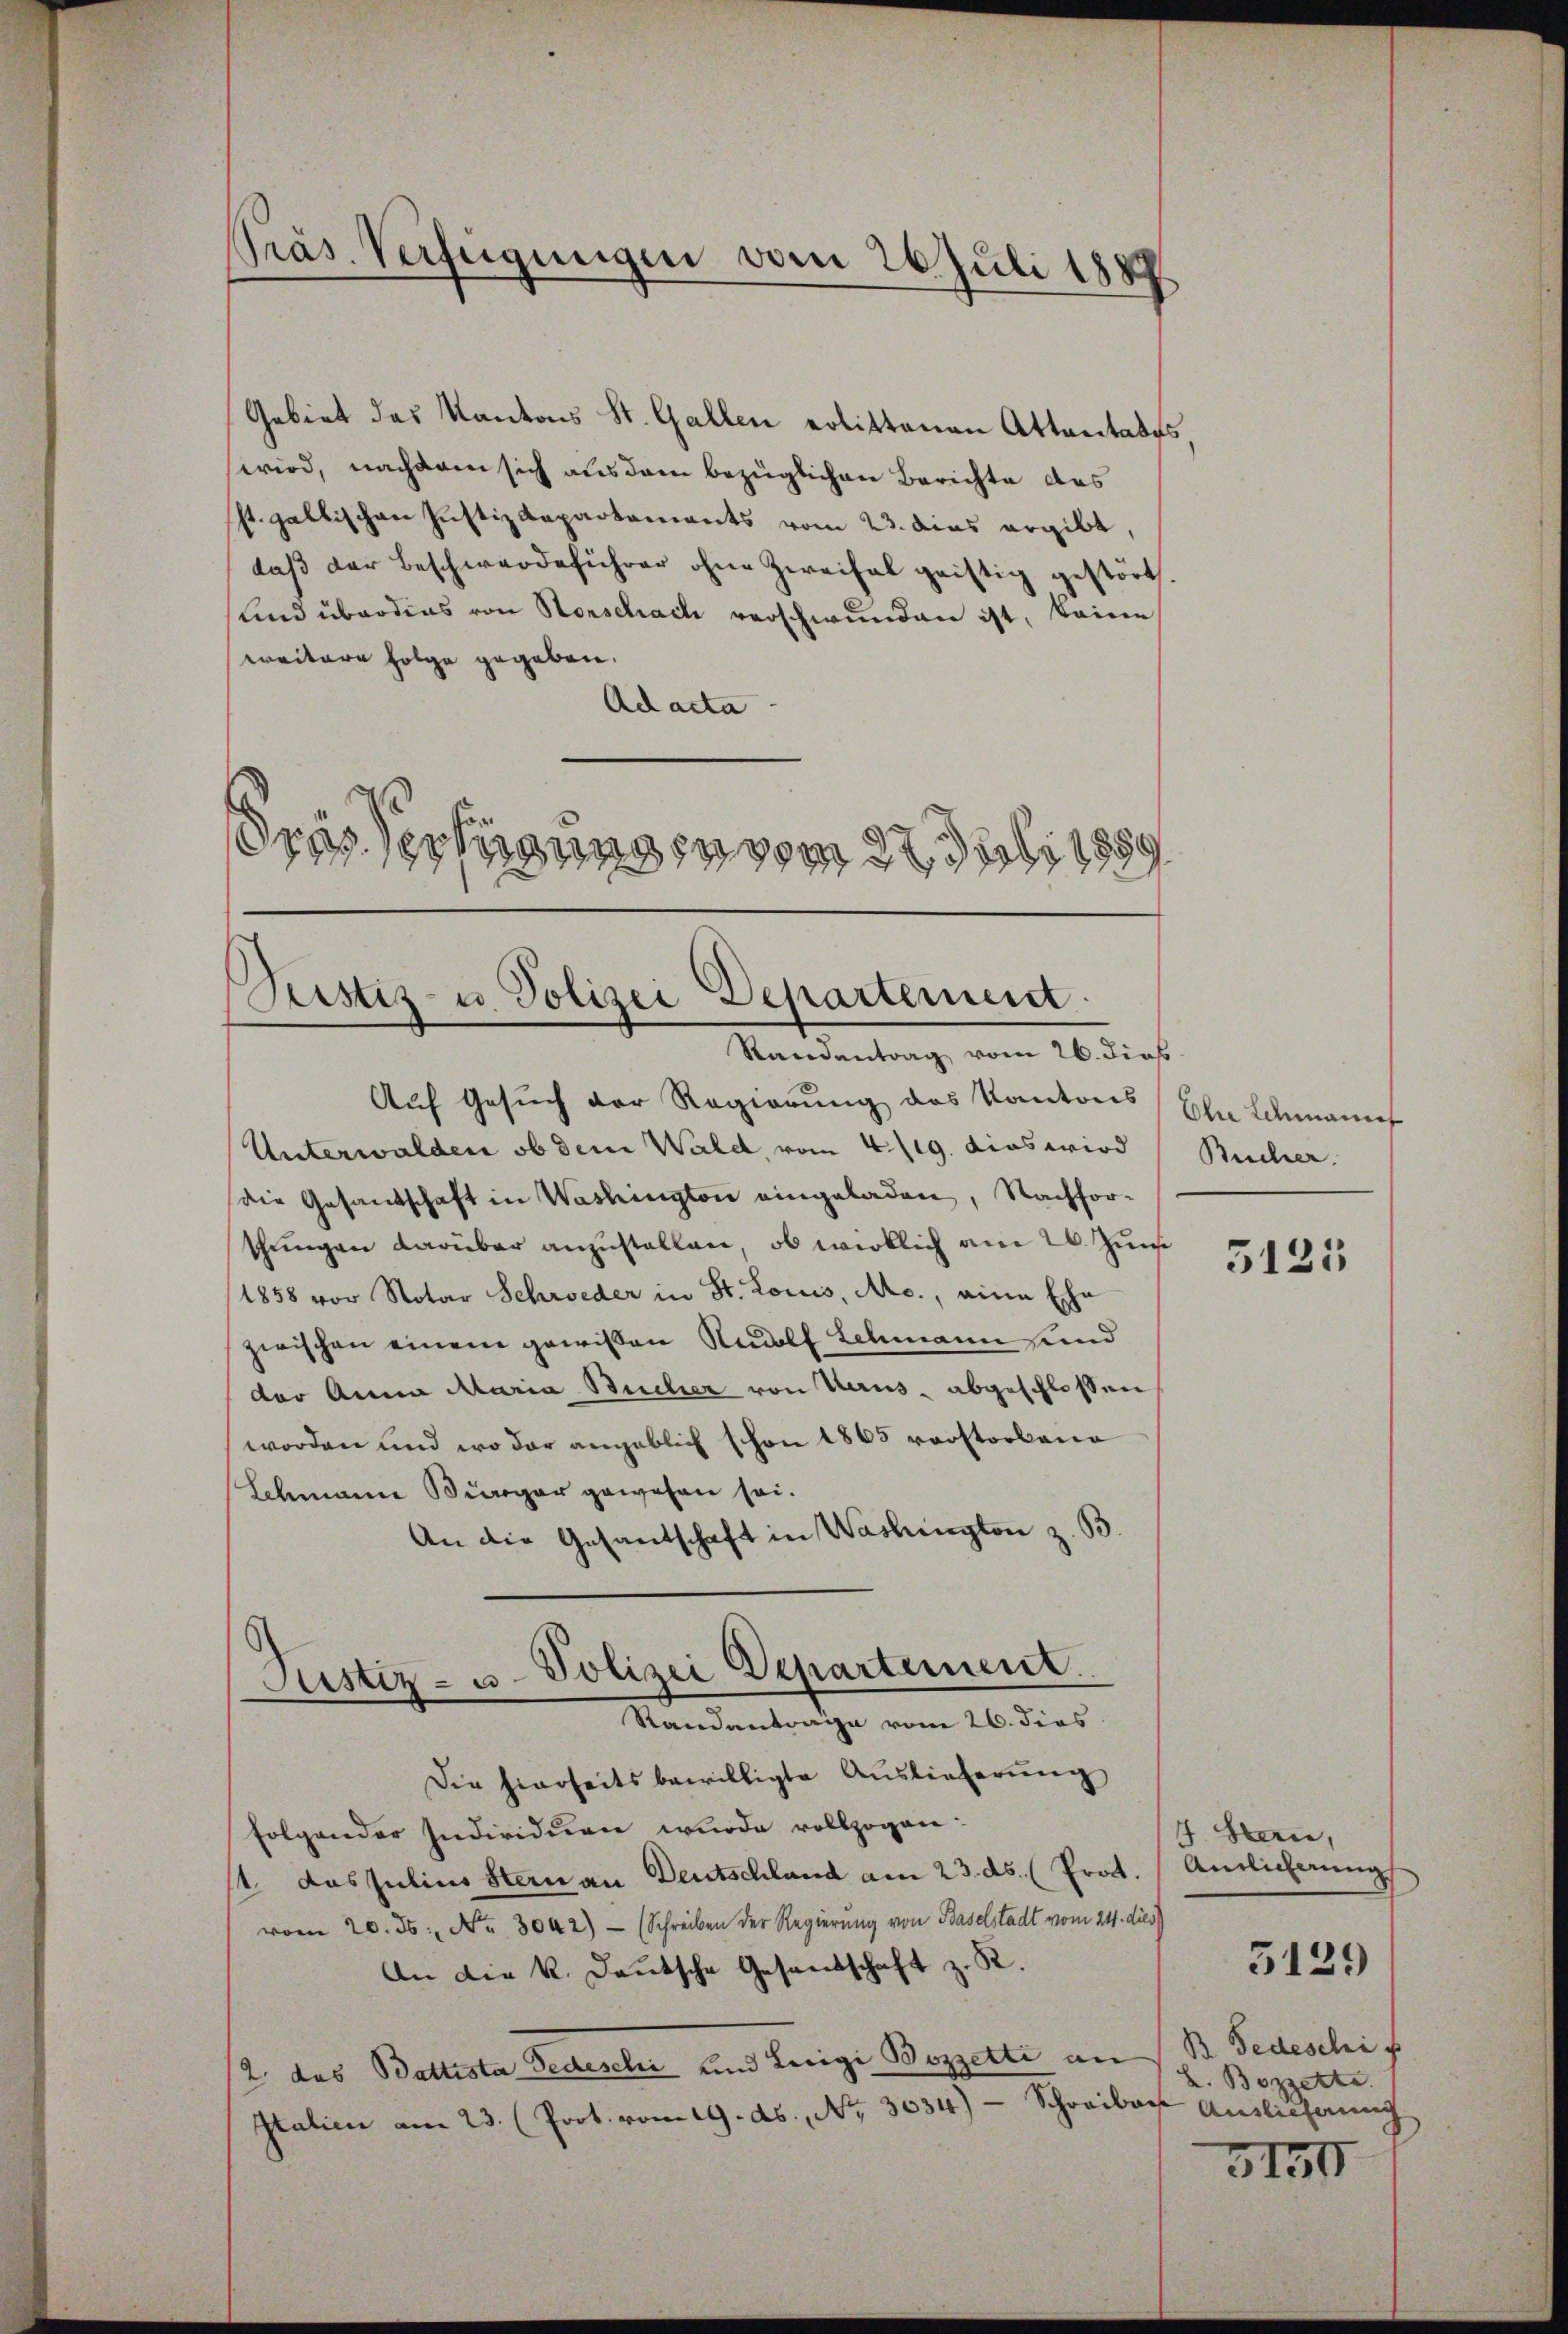
Präs. Verfügungen vom 26. Juli 1889

Gebiet das Kantons St. Gallen polittenen Attantales
wird, nachdem sich aus dem bezüglichen Berichte des
P. gallischen Justizdepartements vom 23. dies ergibt,
daß der Beschwerdeführer ohne Zweifal geistig gestört.
und überdies von Horschach verschwunden ist, keine
weitere Folge gegeben.
Ad acta
dres Verfügungen vom 22. Juli 1859

Geistiz- u. Polizei Departement.
Randantrag vom 26. dies

Auf Gesuch der Regierung des Kantons (Ela Leemanif
Unterwalden ob dem Wald, vom 4./19. dies wird Bucher.
die Gesandschaft in Washington eingeladen, Nachfor-
thungen darüber anzustellen, ob wirklich am 26. Juni
1858 vor Notar Schweder in St. Louis, Arc., eine Ehe
zwischen einem gewissen Rudolf Schmann sind
der Anna Maria Bucher von Haus, abgeschlossen
worden und wo der angeblich schon 1865 vorstorbena
Schmann Bürger gewesen sei.
An die Gesandtschaft in Washington z. B.
Justiz- u. Polizei Departement.
Standantrage vom 26. dies
Die hierseits bewilligte Auslieferung
folgender Individuen wurde vollzogen:
1 das Julius Stern an Deutschland am 23. ds. (Prot.
vom 20. ds. No. 3042) (Schreiben der Regierung von Baselstadt vom 24. dies
An die k. Deutsche Gesandschaft z. R.
2. das Battista Fedeschi und Luigi Bozzette an
Italien am 23. (Prot. vom 19. ds., No. 3034) Schreiben Auslicherung

5125

4. Heu,
Amlicherung
B Fedeschif
L. Bozzette.

5139

3134